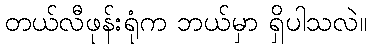
တယ်လီဖုန်းရုံက ဘယ်မှာ ရှိပါသလဲ။